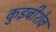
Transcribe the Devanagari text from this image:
कुइबीशेव